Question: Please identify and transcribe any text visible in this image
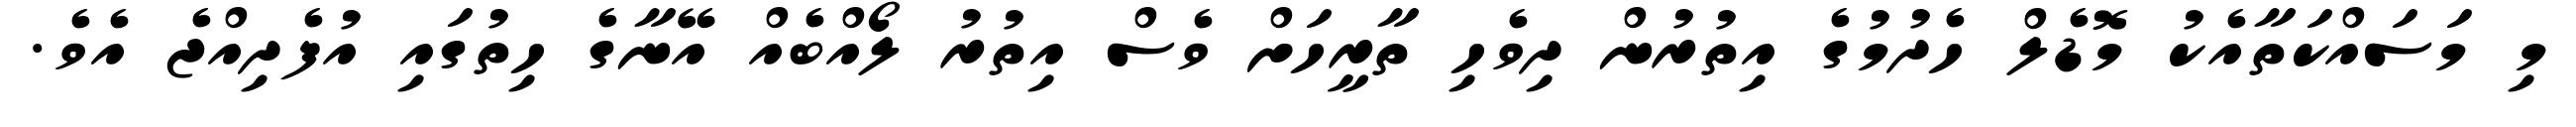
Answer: މި މަސައްކަތާއެކު މޮޑެލް ހެދުމުގެ އިތުރުން ދިވެހި ތާރީހަށް ވެސް އިތުރު ލޯއްބެއް އޭނާގެ ހިތުގައި އުފެދިއްޖެ އެވެ.